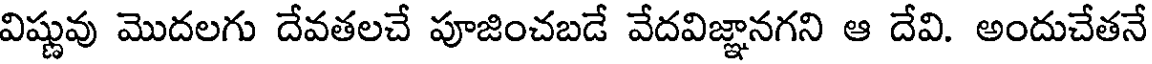
విష్ణువు మొదలగు దేవతలచే పూజించబడే వేదవిజ్ఞానగని ఆ దేవి. అందుచేతనే